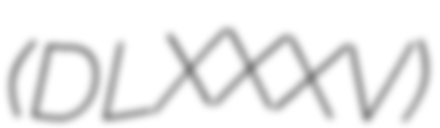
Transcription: (DLXXXV)